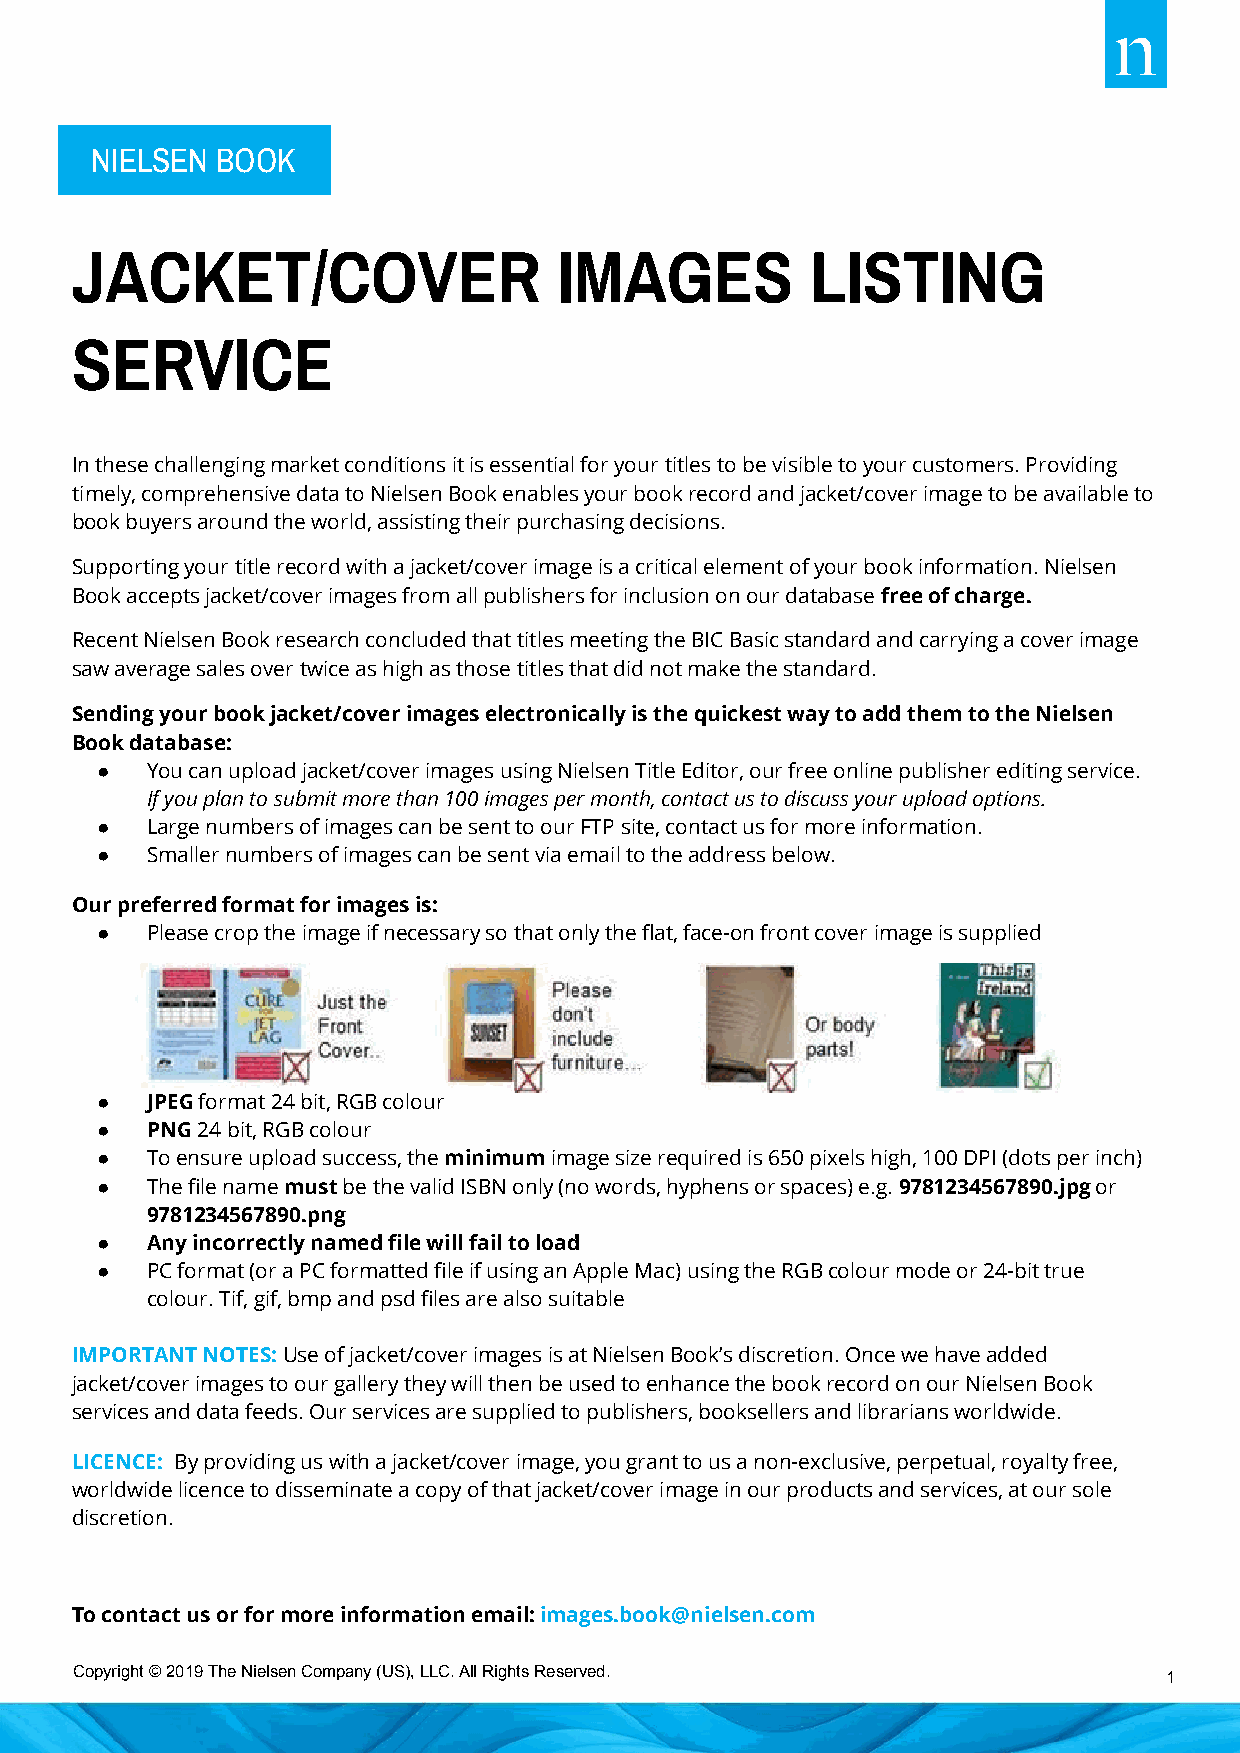
NIELSEN BOOK
 JACKET/COVER                    IMAGES           LISTING
 SERVICE
 In these challenging market conditions it is essential for your titles to be visible to your customers. Providing
 timely, comprehensive data to Nielsen Book enables your book record and jacket/cover image to be available to
 book buyers around the world, assisting their purchasing decisions.
 Supporting your title record with a jacket/cover image is a critical element of your book information. Nielsen
 Book accepts jacket/cover images from all publishers for inclusion on our database free of charge.
 Recent Nielsen Book research concluded that titles meeting the BIC Basic standard and carrying a cover image
 saw average sales over twice as high as those titles that did not make the standard.
 Sending your book jacket/cover images electronically is the quickest way to add them to the Nielsen
 Book database:
 ●   You can upload jacket/cover images using Nielsen Title Editor, our free online publisher editing service.
 If you plan to submit more than 100 images per month, contact us to discuss your upload options.
 ●   Large numbers of images can be sent to our FTP site, contact us for more information.
 ●   Smaller numbers of images can be sent via email to the address below.
 Our preferred format for images is:
 ●   Please crop the image if necessary so that only the flat, face-on front cover image is supplied
 ●   JPEG format 24 bit, RGB colour
 ●   PNG 24 bit, RGB colour
 ●   To ensure upload success, the minimum image size required is 650 pixels high, 100 DPI (dots per inch)
 ●   The file name must be the valid ISBN only (no words, hyphens or spaces) e.g. 9781234567890.jpg or
 9781234567890.png
 ●   Any incorrectly named file will fail to load
 ●   PC format (or a PC formatted file if using an Apple Mac) using the RGB colour mode or 24-bit true
 colour. Tif, gif, bmp and psd files are also suitable
 IMPORTANT NOTES: Use of jacket/cover images is at Nielsen Book’s discretion. Once we have added
 jacket/cover images to our gallery they will then be used to enhance the book record on our Nielsen Book
 services and data feeds. Our services are supplied to publishers, booksellers and librarians worldwide.
 LICENCE: By providing us with a jacket/cover image, you grant to us a non-exclusive, perpetual, royalty free,
 worldwide licence to disseminate a copy of that jacket/cover image in our products and services, at our sole
 discretion.
 To contact us or for more information email: images.book@nielsen.com
 Copyright © 2019 The Nielsen Company (US), LLC. All Rights Reserved.
 1